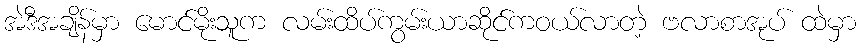
အဲဒီအချိန်မှာ မောင်မိုးသူက လမ်းထိပ်ကွမ်းယာဆိုင်ကဝယ်လာတဲ့ ဗလာစာအုပ် ထဲမှာ